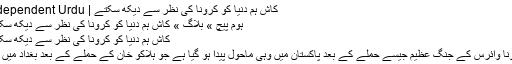
کاش ہم دنیا کو کرونا کی نظر سے دیکھ سکتے | Independent Urdu
ہوم پیچ » بلاگ » کاش ہم دنیا کو کرونا کی نظر سے دیکھ سکتے
کاش ہم دنیا کو کرونا کی نظر سے دیکھ سکتے
کرونا وائرس کے جنگِ عظیم جیسے حملے کے بعد پاکستان میں وہی ماحول پیدا ہو گیا ہے جو ہلاکو خان کے حملے کے بعد بغداد میں تھا۔